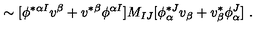
\sim [ \phi ^ { * \alpha I } v ^ { \beta } + v ^ { * \beta } \phi ^ { \alpha I } ] M _ { I J } [ \phi _ { \alpha } ^ { * J } v _ { \beta } + v _ { \beta } ^ { * } \phi _ { \alpha } ^ { J } ] \ .